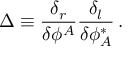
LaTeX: \Delta \equiv { \frac { \delta _ { r } } { \delta \phi ^ { A } } } { \frac { \delta _ { l } } { \delta \phi _ { A } ^ { \ast } } } \, .